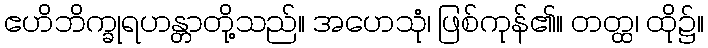
ဧဟိဘိက္ခုရဟန္တာတို့သည်။ အဟေသုံ၊ ဖြစ်ကုန်၏။ တတ္ထ၊ ထို၌။